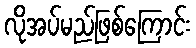
လိုအပ်မည်ဖြစ်ကြောင်း